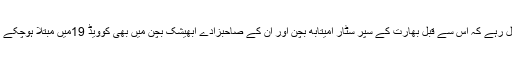
خیال رہے کہ اس سے قبل بھارت کے سپر سٹار امیتابھ بچن اور ان کے صاحبزادے ابھیشک بچن میں بھی کوویڈ 19میں مبتلا ہوچکے ہیں۔